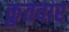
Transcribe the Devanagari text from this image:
कुतवार